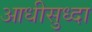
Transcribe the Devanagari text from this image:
आधीसुध्दा